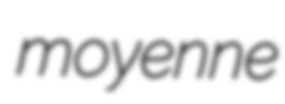
moyenne